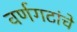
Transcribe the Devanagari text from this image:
वर्णगटांचे